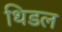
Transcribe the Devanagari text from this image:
थिडल